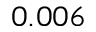
0 . 0 0 6